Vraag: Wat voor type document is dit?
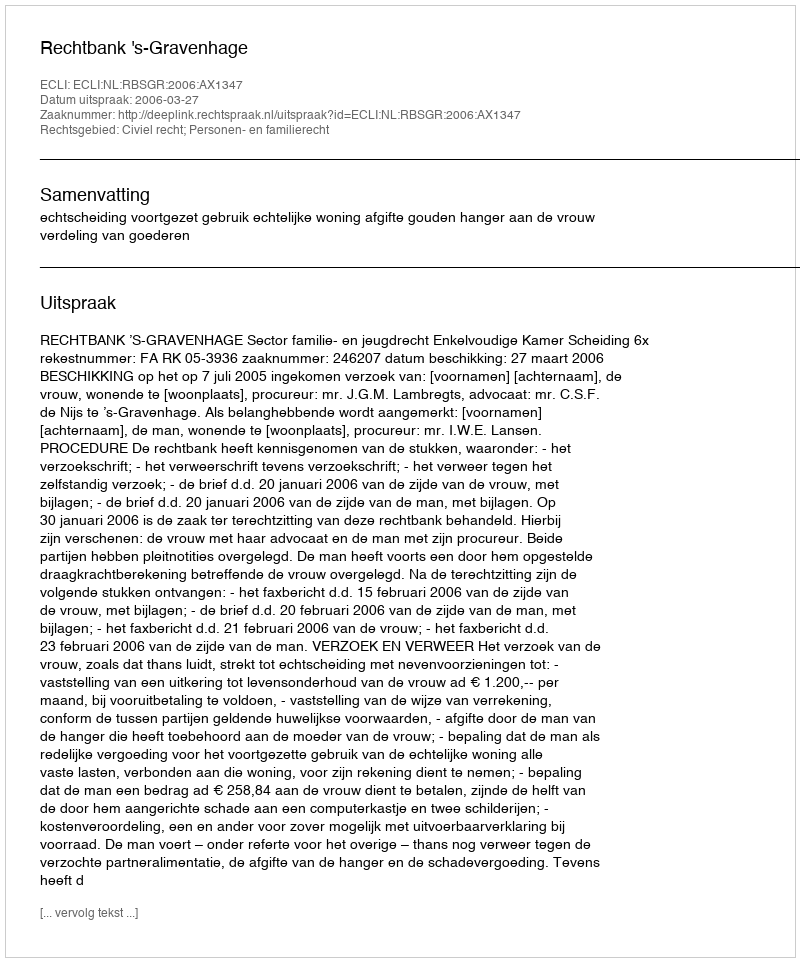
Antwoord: Uitspraak